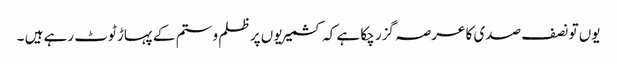
یوں تو نصف صدی کا عرصہ گزر چکا ہے کہ کشمیریوں پر ظلم و ستم کے پہاڑ ٹوٹ رہے ہیں ۔